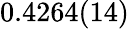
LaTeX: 0.4264(14)